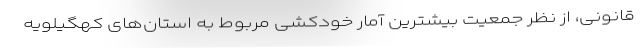
قانونی، از نظر جمعیت بیشترین آمار خودکشی مربوط به استان‌های کهگیلویه